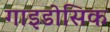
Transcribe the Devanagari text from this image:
गाइडोसिक